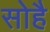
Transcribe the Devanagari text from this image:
सोहै